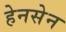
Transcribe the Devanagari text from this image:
हेनसेन